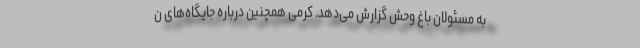
به مسئولان باغ‌ وحش گزارش می‌دهد. کرمی همچنین درباره جایگاه‌های ن